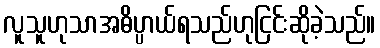
လူသူဟုသာအဓိပ္ပာယ်ရသည်ဟုငြင်းဆိုခဲ့သည်။